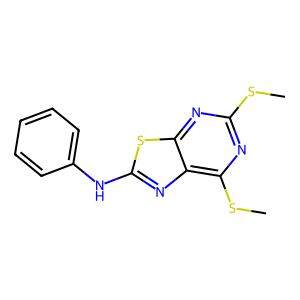
SMILES: CSc1nc(SC)c2nc(Nc3ccccc3)sc2n1
Inhibits HIV replication: No